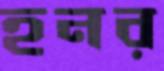
হনর